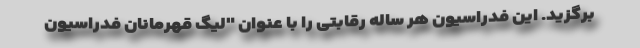
برگزید. این فدراسیون هر ساله رقابتی را با عنوان "لیگ قهرمانان فدراسیون